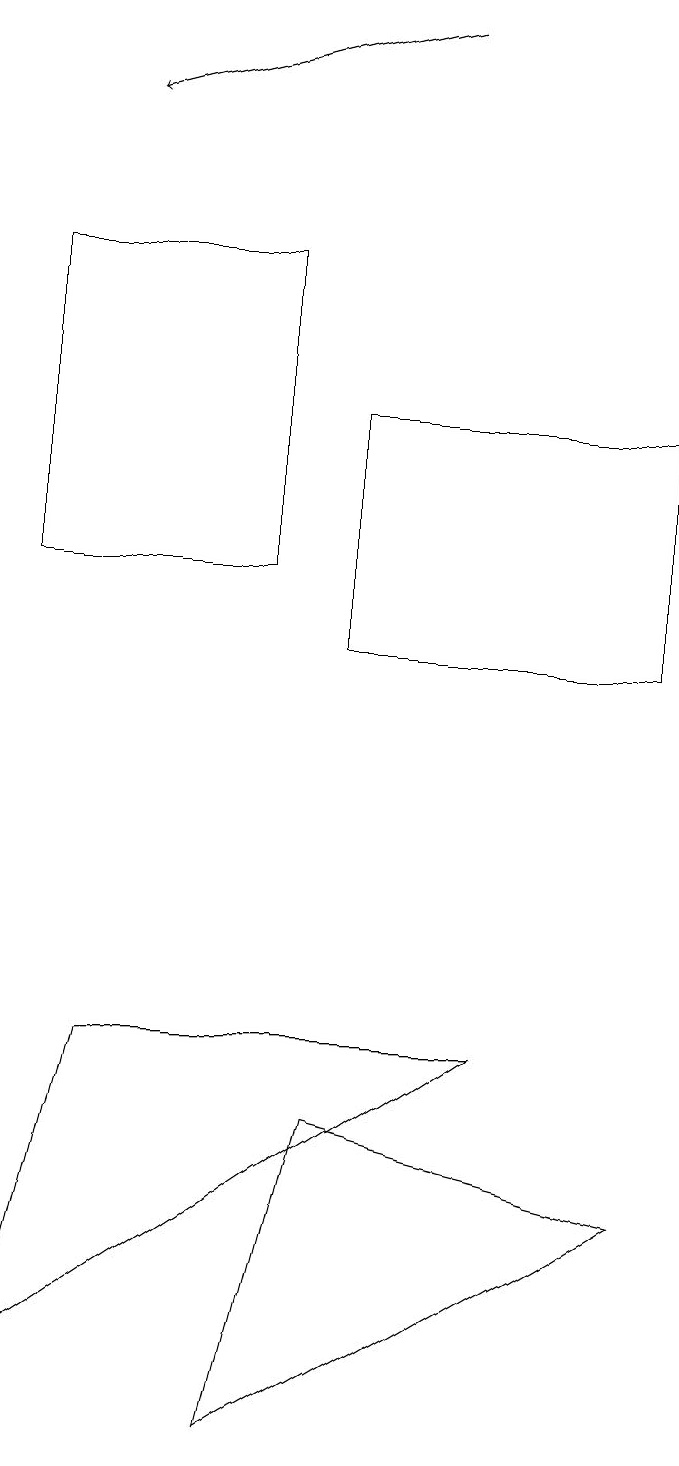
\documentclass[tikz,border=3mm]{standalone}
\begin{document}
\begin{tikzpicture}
\draw[->] (5,18) -- (1,17);
\draw (3,0) -- (4,4) -- (8,3) -- cycle;
\draw (8,13) rectangle (4,10);
\draw (6,5) -- (0,1) -- (1,5) -- cycle;
\draw (0,15) rectangle (3,11);
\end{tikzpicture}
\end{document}